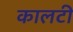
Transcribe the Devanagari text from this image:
कालटी